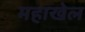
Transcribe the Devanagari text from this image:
महाखेल